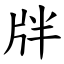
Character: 牉